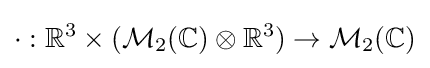
\cdot :\mathbb {R} ^{3}\times ({\mathcal {M}}_{2}(\mathbb {C} )\otimes \mathbb {R} ^{3})\to {\mathcal {M}}_{2}(\mathbb {C} )